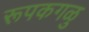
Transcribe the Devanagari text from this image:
रूपकगळु